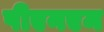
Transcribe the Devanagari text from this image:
पीएनएम